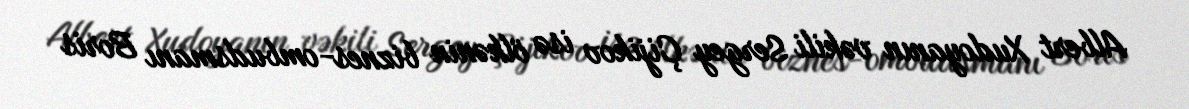
Albert Xudoyanın vəkili Sergey Çijikov isə ölkənin biznes-ombudsmanı Boris